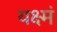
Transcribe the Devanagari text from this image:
यक्ष्मं